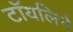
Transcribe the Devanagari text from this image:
टॉयलिने